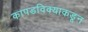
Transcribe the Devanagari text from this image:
कापडविक्याकडून